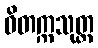
ဝိတက္ကသုတ္တ